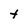
Character: t